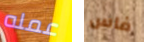
عمله فاس